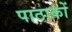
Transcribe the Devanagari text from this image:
पाठाकों